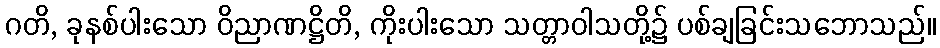
ဂတိ, ခုနစ်ပါးသော ဝိညာဏဋ္ဌိတိ, ကိုးပါးသော သတ္တာဝါသတို့၌ ပစ်ချခြင်းသဘောသည်။